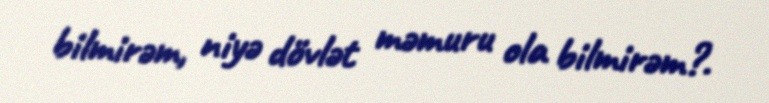
bilmirəm, niyə dövlət məmuru ola bilmirəm?.